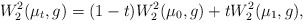
\begin{align*}W_2^2(\mu_t, g )=(1-t)W_2^2(\mu_0, g )+tW_2^2(\mu_1, g ),\end{align*}